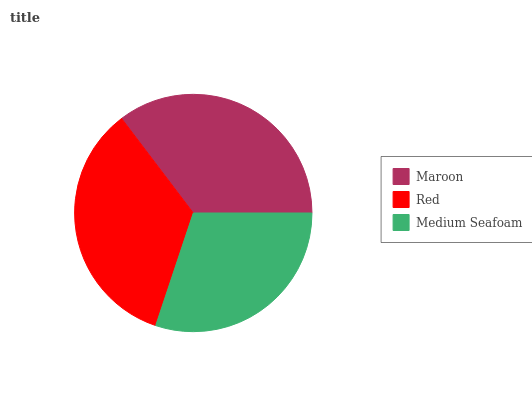
| Maroon | Red | Medium Seafoam |
 | --- | --- | --- |
 | 35.4% | 34.6% | 30.1% |